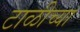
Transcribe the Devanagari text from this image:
टाळीच्या